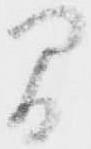
間